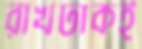
রাখঢাকই